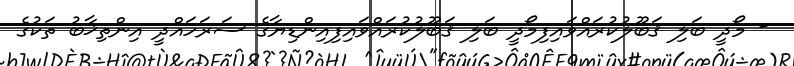
- މޯދީ ބަލި ޤަބޫލުކުރައްވައިފިމޯދީ ބަލި ޤަބޫލުކުރައްވައިފިއިންޑިޔާގެ ސަރަހައްދީ އިންތިޚާބު ތަކުގެ